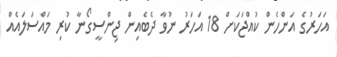
އަހަރުގެ އަންހެން ކުއްޖަކަށް 18 އަހަރު ނުވާ ދެބެއިން ޖިންސީގޯނާ ކުރި މައްސަލައެއް